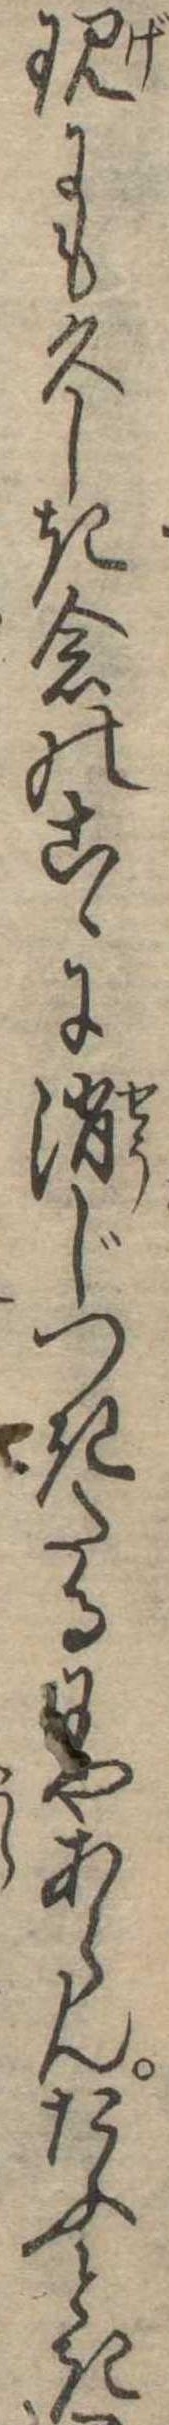
現にも久しき念のこゝに消じつきたるにやあらんたふとき